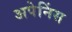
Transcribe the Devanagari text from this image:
अपेनिंस